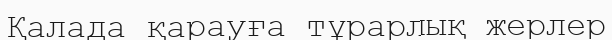
Қалада қарауға тұрарлық жерлер